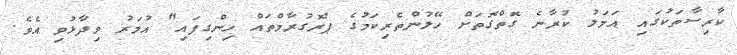
ކާރިސާތަކުގައި އަމަލު ކުރާނެ ގޮތްގޮތަށް ހޭލުންތެރިކަމުގެ ޕުރޮގުރާމްތައް ހިންގިފައި" އުމަރު ވިދާޅުވި އެވެ.